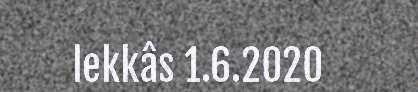
lekkâs 1.6.2020